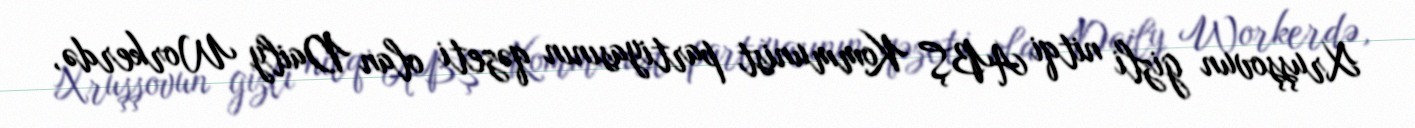
Xruşşovun gizli nitqi ABŞ Kommunist partiyasının qəzeti olan Daily Workerdə,